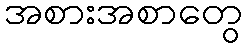
အစားအစာတွေ